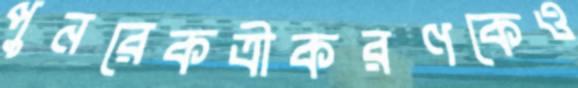
পুনরেকত্রীকরণকেও